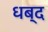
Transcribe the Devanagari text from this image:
धब्द